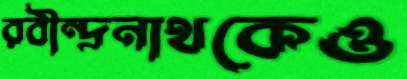
রবীন্দ্রনাথকেও